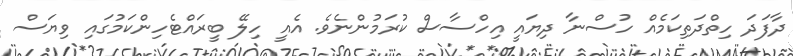
ދާފަދަ ހިތްދަތިކަމެއް ހުސްނާ ދިޔައީ އިހްސާސް ކުރަމުންނެވެ. އެއީ ހިލޭ ބީރައްޓެހިންކަމުގައި ވިޔަސް